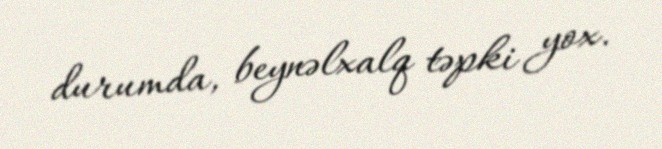
durumda, beynəlxalq təpki yox.